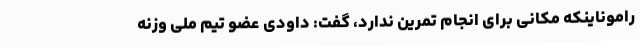
راموناینکه مکانی برای انجام تمرین ندارد، گفت: داودی عضو تیم ملی وزنه